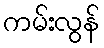
ကမ်းလွန်